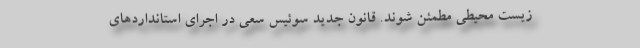
زیست محیطی مطمئن شوند. قانون جدید سوئیس سعی در اجرای استانداردهای